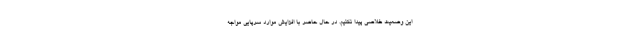
این وضعیت خلاصی پیدا نکنیم. در حال حاضر با افزایش موارد سرپایی مواجه